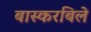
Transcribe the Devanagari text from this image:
बास्करबिले